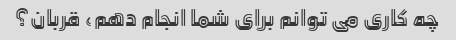
چه کاری می توانم برای شما انجام دهم، قربان؟